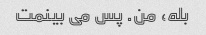
بله، من. پس می بینمت